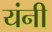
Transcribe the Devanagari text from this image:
यंनी